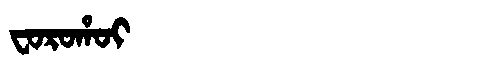
Manchu: ᠸᠣᡵᠣᡥᠣᡳ
Romanization: FOROHOI